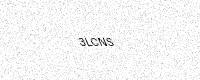
Text: 3LCNS